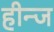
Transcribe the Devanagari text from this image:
हीन्ज